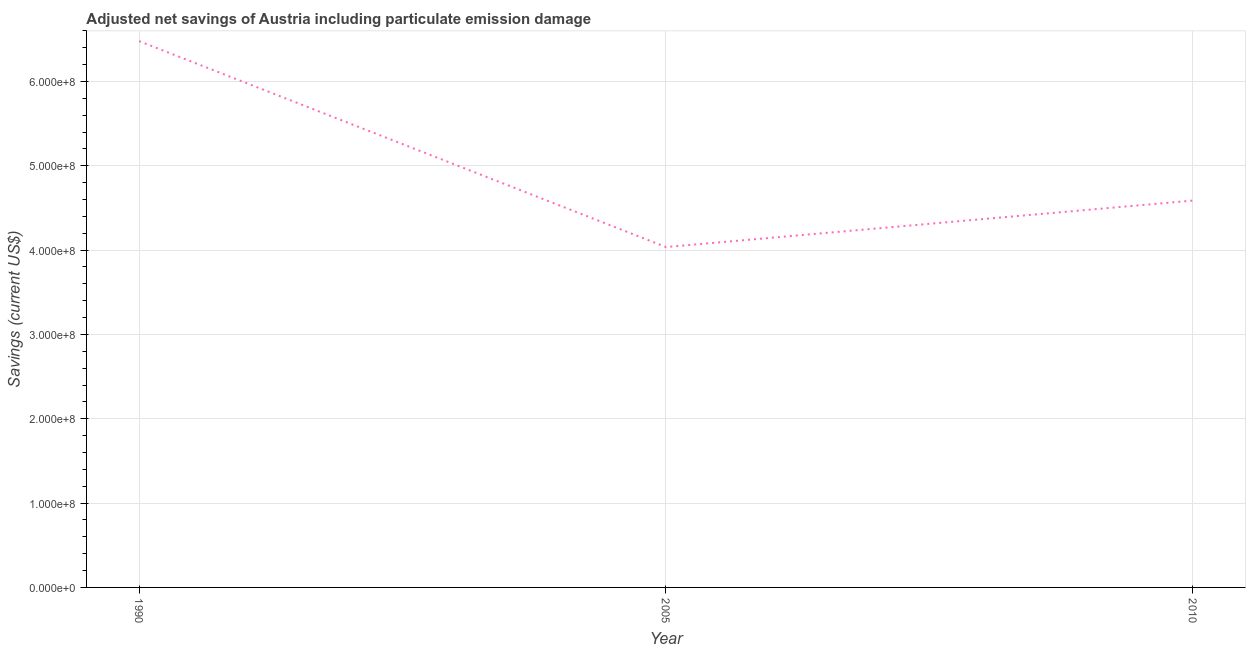
| Year | Adjusted savings: particulate emission damage (current US$) |
 | --- | --- |
 | 1990 | 6.48e+08 |
 | 2005 | 4.04e+08 |
 | 2010 | 4.59e+08 |